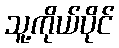
သူ့ကိုယ်ပိုင်